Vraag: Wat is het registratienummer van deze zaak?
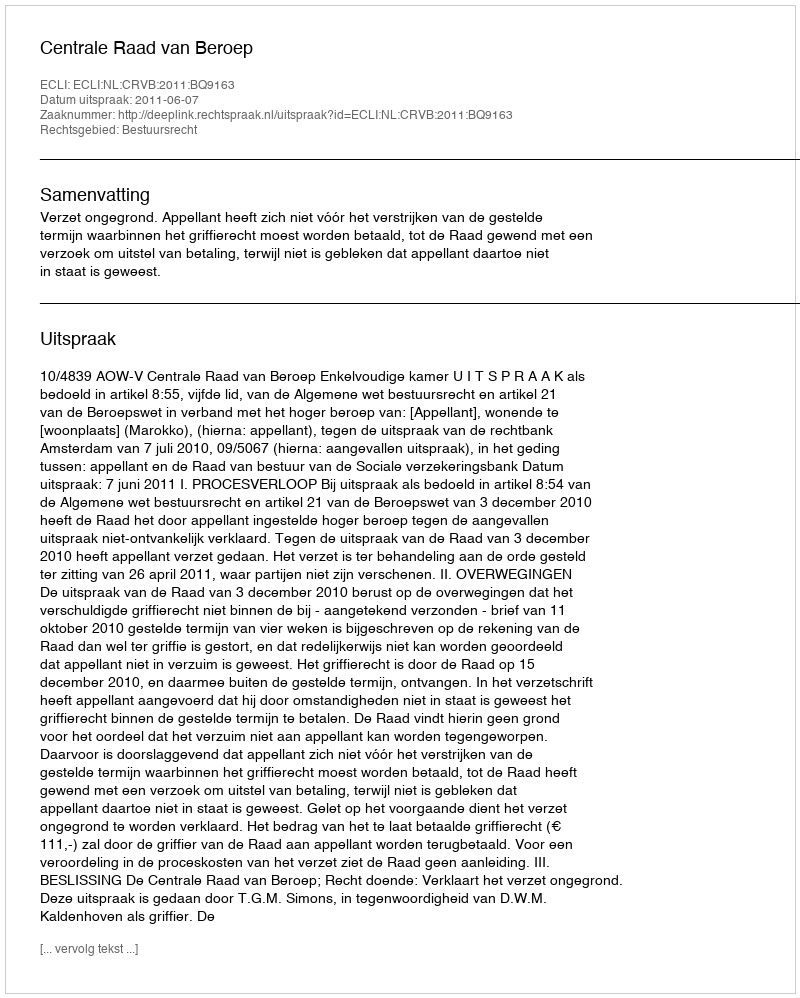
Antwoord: http://deeplink.rechtspraak.nl/uitspraak?id=ECLI:NL:CRVB:2011:BQ9163